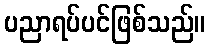
ပညာရပ်ပင်ဖြစ်သည်။